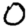
Digit: 0